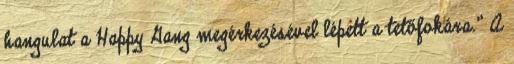
hangulat a Happy Gang megérkezésével lépett a tetőfokára.” A